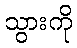
သွားကို